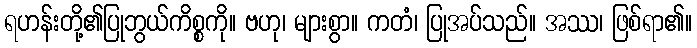
ရဟန်းတို့၏ပြုဘွယ်ကိစ္စကို။ ဗဟု၊ များစွာ။ ကတံ၊ ပြုအပ်သည်။ အဿ၊ ဖြစ်ရာ၏။